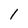
Character: l